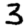
Digit: 3